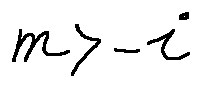
m > - i